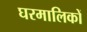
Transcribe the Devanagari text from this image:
घरमालिकों